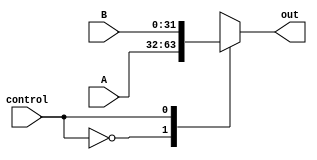
`timescale 1ns / 1ps
//////////////////////////////////////////////////////////////////////////////////
// Company: 
// Engineer: 
// 
// Design Name: 
// Module Name: MUX2TO1_32
// Project Name: 
// Target Devices: 
// Tool Versions: 
// Description: 
// 
// Dependencies: 
// 
// Revision:
// Revision 0.01 - File Created
// Additional Comments:
// 
//////////////////////////////////////////////////////////////////////////////////

module MUX2TO1_32(A, B, control, out);
  input [31:0] A, B;
  input control;
  
  output reg [31:0] out=0;
  
  always@(A or B or control)
  begin
    case(control)
      0: out = A;
      1: out = B;
    endcase
  end
endmodule